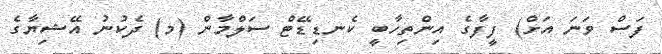
ފަސް ވަނަ އަށް) ފީފާގެ އިންތިހާބީ ކެނޑިޑޭޓް ސަލްމާން (މ) ދެކުނު އޭޝިޔާގެ